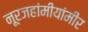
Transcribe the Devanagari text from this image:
नूरजहांमीयांमीर